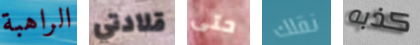
الراهبة قلادتي حتى نقلك كذبه